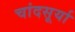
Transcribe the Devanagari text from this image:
चांदसूर्या